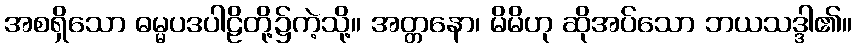
အစရှိသော ဓမ္မပဒပါဠိတို့၌ကဲ့သို့။ အတ္တနော၊ မိမိဟု ဆိုအပ်သော ဘယသဒ္ဒါ၏။